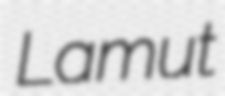
Lamut